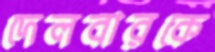
দেলবারকে